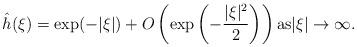
LaTeX: \begin{align*}\hat h(\xi) = \exp(-|\xi|) + O\left(\exp\left(-\frac{|\xi|^2}{2}\right)\right) \mbox{as} |\xi| \to \infty.\end{align*}